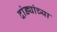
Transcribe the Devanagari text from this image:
दांड्यांच्या